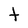
Character: t